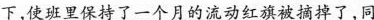
下，使班里保持了一个月的流动红旗被摘掉了，同